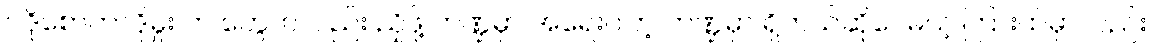
ပဒိုစောတာဒိုမှူး က တွေကလည်း ညှိဖို့ ကဏ္ဍမှာ အရေးပါတဲ့ ကဏ္ဍမှာ ရှိတယ်ဆိုပေမယ့် ကြားထဲမှာလည်း